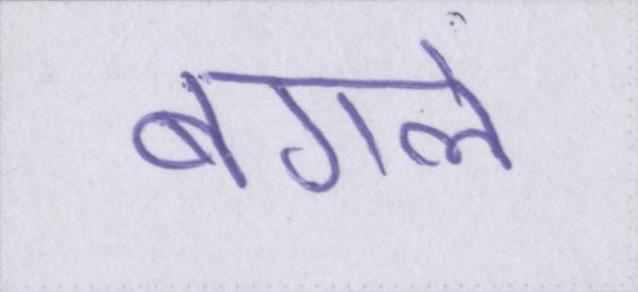
बगले